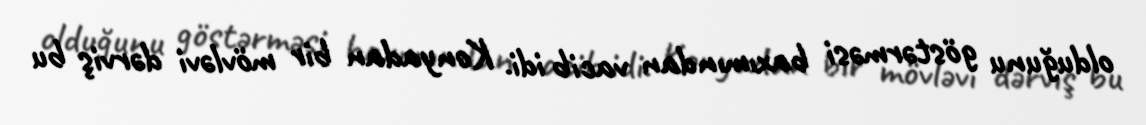
olduğunu göstərməsi baxımından vacib idi. Konyadan bir mövləvi dərviş bu